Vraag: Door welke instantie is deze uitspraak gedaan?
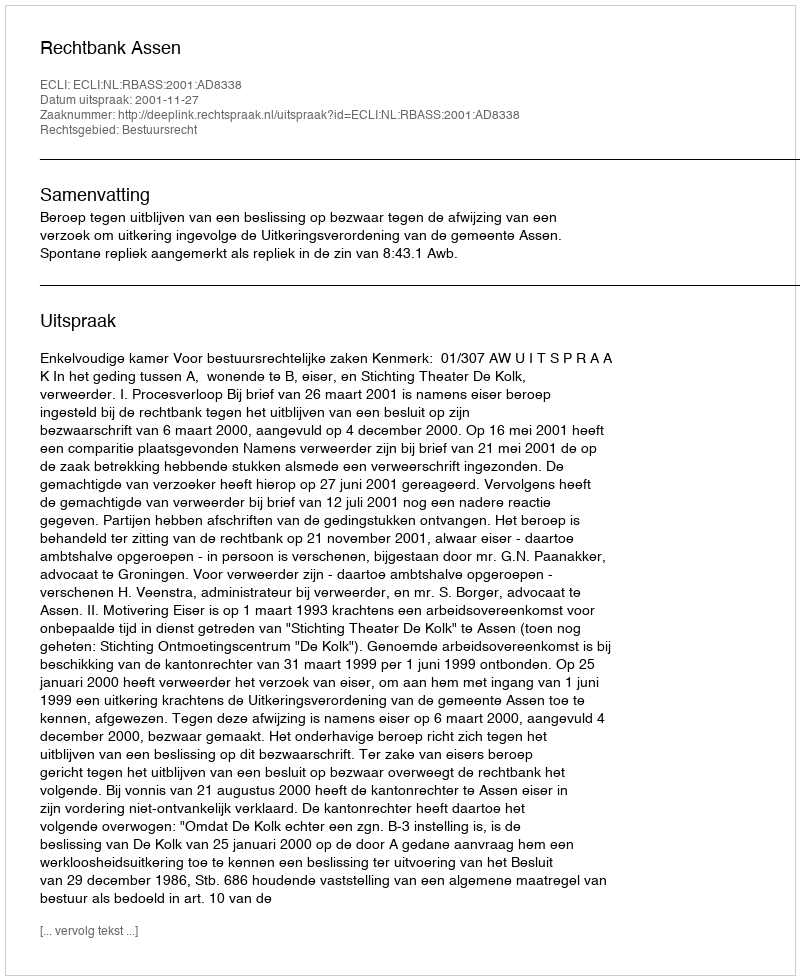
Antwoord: Rechtbank Assen